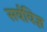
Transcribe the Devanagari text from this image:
सर्वविज्ञ